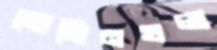
মোমিনখলা